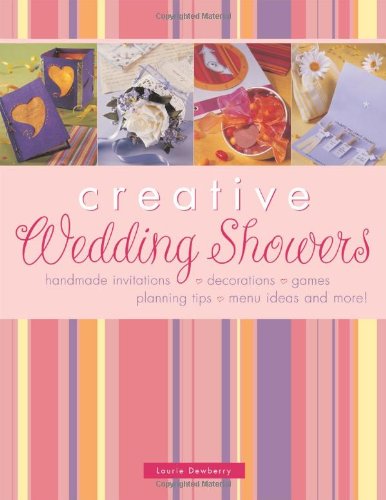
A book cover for Creative Wedding Showers; Laurie Dewberry; Crafts, Hobbies & Home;